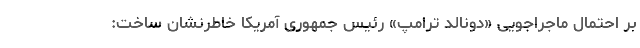
بر احتمال ماجراجویی «دونالد ترامپ» رئیس جمهوری آمریکا خاطرنشان ساخت: